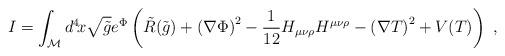
LaTeX: \begin{align*}I=\int_{\cal{M}} d^4 \! x \sqrt{\tilde{g}} e^{\Phi} \left(\tilde{R}(\tilde{g}) + \left(\nabla\Phi \right)^2 - {1 \over 12} H_{\mu\nu\rho} H^{\mu\nu\rho} -\left(\nabla T \right)^2 + V(T) \right)\ , \end{align*}